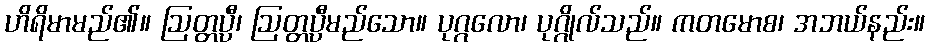
ဟိရိမာမည်၏။ ဩတ္တပ္ပီ၊ ဩတ္တပ္ပီမည်သော။ ပုဂ္ဂလော၊ ပုဂ္ဂိုလ်သည်။ ကတမောစ၊ အဘယ်နည်း။